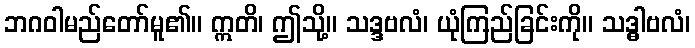
ဘဂဝါမည်တော်မူ၏။ ဣတိ၊ ဤသို့။ သဒ္ဒဗလံ၊ ယုံကြည်ခြင်းကို။ သဒ္ဓါဗလံ၊